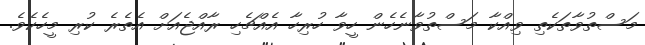
މަސްތުވާތަކެތި ވިއްކާ މަސްތުވާނެހެން ހީވާ ހުރިހާ އެއްޗެހި ރާއްޖެއަށް އެތެރެ ކުރި މީހެކެވެ.